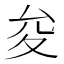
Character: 夋